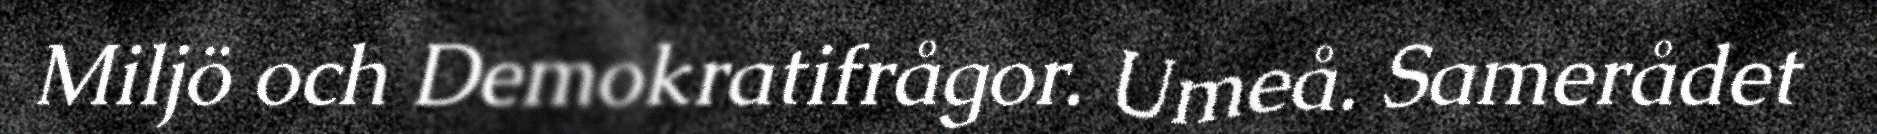
Miljö och Demokratifrågor. Umeå. Samerådet